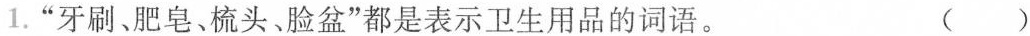
1.“牙刷、肥皂、梳头、脸盆”都是表示卫生用品的词语。 ( )